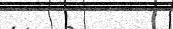
٥١